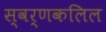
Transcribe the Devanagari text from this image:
स्वर्णकलिल